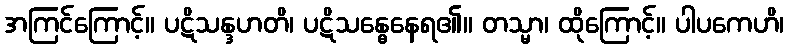
အကြင်ကြောင့်။ ပဋိသန္ဒဟတိ၊ ပဋိသန္ဓေနေရ၏။ တသ္မာ၊ ထိုကြောင့်။ ပါပကေဟိ၊